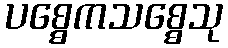
ပစ္စေကသစ္စေသု